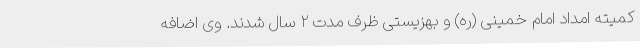
کمیته امداد امام خمینی (ره) و بهزیستی ظرف مدت ۲ سال شدند. وی اضافه